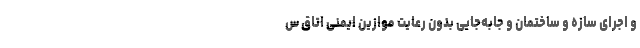
و اجرای سازه و ساختمان و جابه‌جایی بدون رعایت موازین ایمنی اتاق س